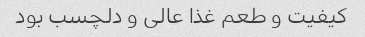
کیفیت و طعم غذا عالی و دلچسب بود